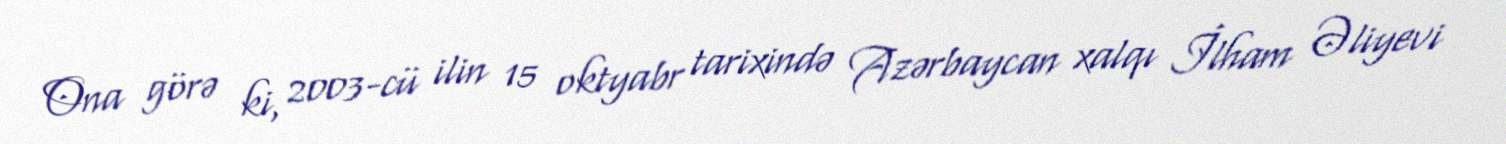
Ona görə ki, 2003-cü ilin 15 oktyabr tarixində Azərbaycan xalqı İlham Əliyevi